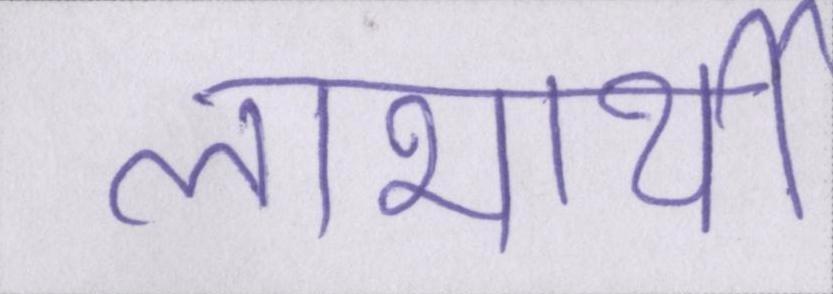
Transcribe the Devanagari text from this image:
लाभार्थी